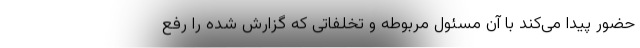
حضور پیدا می‌کند با آن مسئول مربوطه و تخلفاتی که گزارش شده را رفع